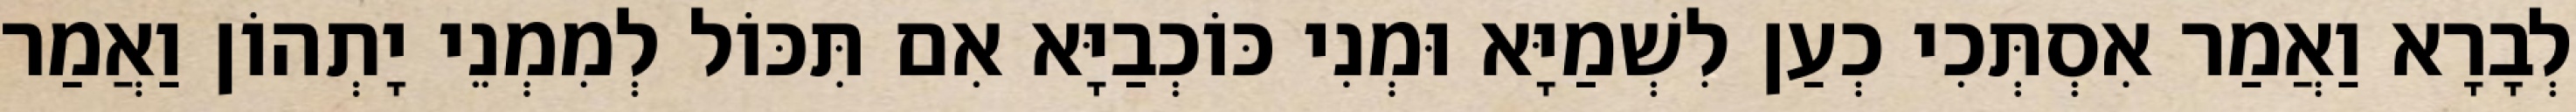
לְבָרָא וַאֲמַר אִסְתְּכִי כְעַן לִשְׁמַיָּא וּמְנִי כּוֹכְבַיָּא אִם תִּכּוֹל לְמִמְנֵי יָתְהוֹן וַאֲמַר